Vaccination North-Western Provinces 1866-1877 - 1866-1877
Year: 1866
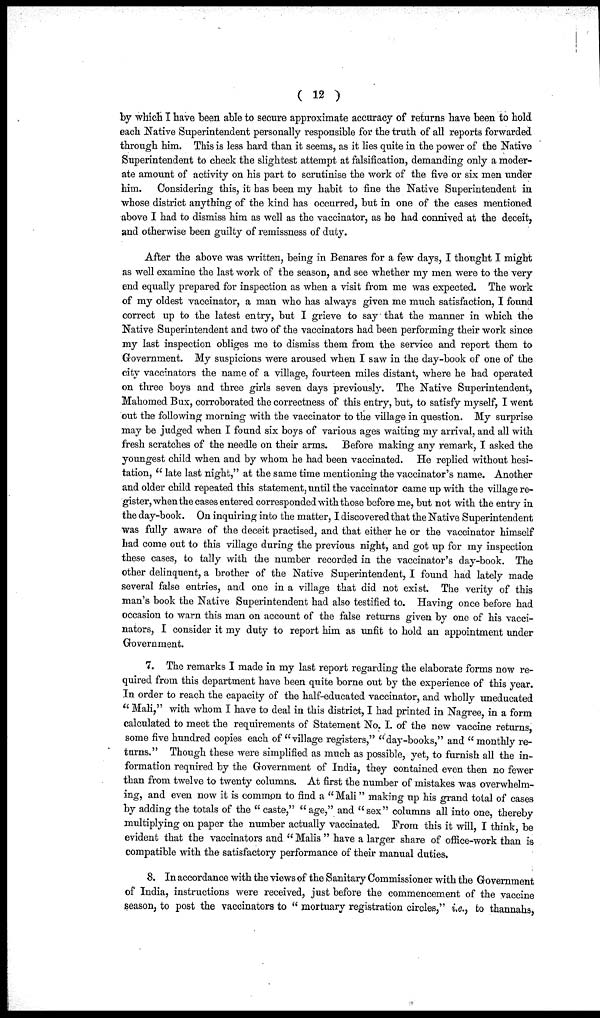
( 12 )
by which I have been able to secure approximate accuracy of returns have been to hold
each Native Superintendent personally responsible for the truth of all reports forwarded
through him. This is less hard than it seems, as it lies quite in the power of the Native
Superintendent to check the slightest attempt at falsification, demanding only a moder-
ate amount of activity on his part to scrutinise the work of the five or six men under
him.
Considering this, it has been my habit to fine the Native Superintendent in
whose district anything of the kind has occurred, but in one of the cases mentioned
above I had to dismiss him as well as the vaccinator, as he had connived at the deceit,
and otherwise been guilty of remissness of duty.
After the above was written, being in Benares for a few days, I thought I might
as well examine the last work of the season, and see whether my men were to the very
end equally prepared for inspection as when a visit from me was expected. The work
of my oldest vaccinator, a man who has always given me much satisfaction, I found
correct up to the latest entry, but I grieve to say that the manner in which the
Native Superintendent and two of the vaccinators had been performing their work since
my last inspection obliges me to dismiss them from the service and report them to
Government. My suspicions were aroused when I saw in the day-book of one of the
city vaccinators the name of a village, fourteen miles distant, where he had operated
on three boys and three girls seven days previously. The Native Superintendent,
Mahomed Bux, corroborated the correctness of this entry, but, to satisfy myself, I went
out the following morning with the vaccinator to the village in question. My surprise
may be judged when I found six boys of various ages waiting my arrival, and all with
fresh scratches of the needle on their arms. Before making any remark, I asked the
youngest child when and by whom he had been vaccinated. He replied without hesi-
tation, " late last night," at the same time mentioning the vaccinator's name. Another
and older child repeated this statement, until the vaccinator came up with the village re-
gister, when the cases entered corresponded with those before me, but not with the entry in
the day-book. On inquiring into the matter, I discovered that the Native Superintendent
was fully aware of the deceit practised, and that either he or the vaccinator himself
had come out to this village during the previous night, and got up for my inspection
these cases, to tally with the number recorded in the vaccinator's day-book. The
other delinquent, a brother of the Native Superintendent, I found had lately made
several false entries, and one in a village that did not exist. The verity of this
man's book the Native Superintendent had also testified to. Having once before had
occasion to warn this man on account of the false returns given by one of his vacci-
nators, I consider it my duty to report him as unfit to hold an appointment under
Government.
7. The remarks I made in my last report regarding the elaborate forms now re-
quired from this department have been quite borne out by the experience of this year.
In order to reach the capacity of the half-educated vaccinator, and wholly uneducated
" Mali," with whom I have to deal in this district, I had printed in Nagree, in a form
calculated to meet the requirements of Statement No. I. of the new vaccine returns,
some five hundred copies each of "village registers," "day-books," and " monthly re-
turns." Though these were simplified as much as possible, yet, to furnish all the in-
formation required by the Government of India, they contained even then no fewer
than from twelve to twenty columns. At first the number of mistakes was overwhelm-
ing, and even now it is common to find a " Mali" making up his grand total of cases
by adding the totals of the " caste," " age," and " sex" columns all into one, thereby
multiplying on paper the number actually vaccinated. From this it will, I think, be
evident that the vaccinators and " Malis " have a larger share of office-work than is
compatible with the satisfactory performance of their manual duties.
8. In accordance with the views of the Sanitary Commissioner with the Government
of India, instructions were received, just before the commencement of the vaccine
season, to post the vaccinators to " mortuary registration circles," i.e., to thannahs,